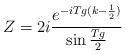
LaTeX: \begin{align*}Z = 2 i \frac{e^{- i T g (k - \frac{1}{2})}}{\sin \frac{T g}{2}}\end{align*}